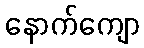
နောက်ကျော